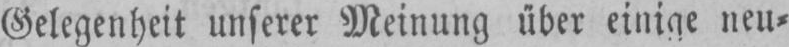
Gelegenheit unserer Meinung über einige neu⸗